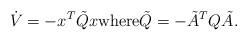
LaTeX: \begin{align*}\dot{V} = -x^T\tilde{Q}x \mbox{where} \tilde{Q} = -\tilde{A}^TQ\tilde{A}.\end{align*}